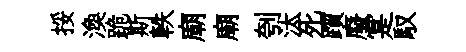
挼渙跪斯軼廟廟刳汰死躓廢寔馭